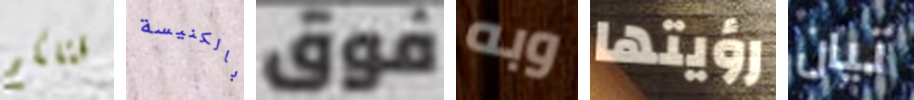
قتلكم بالكنيسة فوق وبه رؤيتها تيان